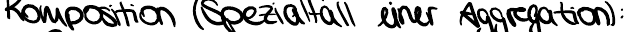
Komposition (Spezialfall einer Aggregation):